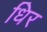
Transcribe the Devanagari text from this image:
धिर